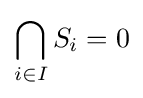
\bigcap _{i\in I}S_{i}=0